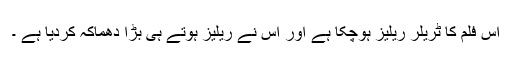
اس فلم کا ٹریلر ریلیز ہوچکا ہے اور اس نے ریلیز ہوتے ہی بڑا دھماکہ کردیا ہے ۔